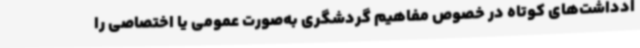
ادداشت‌های کوتاه در خصوص مفاهیم گردشگری به‌صورت عمومی یا اختصاصی را